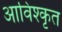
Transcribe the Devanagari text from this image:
आविश्कृत